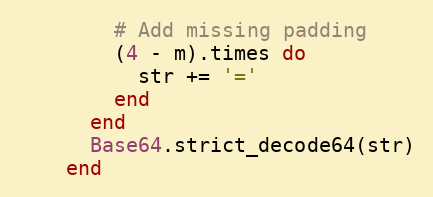
Language: Ruby
        # Add missing padding
        (4 - m).times do
          str += '='
        end
      end
      Base64.strict_decode64(str)
    end